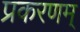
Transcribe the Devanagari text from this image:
प्रकरणम्‌